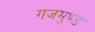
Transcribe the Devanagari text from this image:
गजमुण्ड